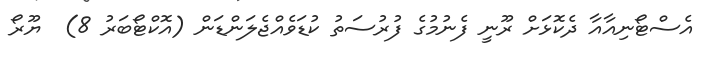
އެސްޓޯނިއާއާ ދެކޮޅަށް ރޫނީ ފެނުމުގެ ފުރުސަތު ކުޑަވެއްޖެލަންޑަން (އޮކްޓޯބަރު 8)  ޔޫރޯ